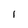
Character: l